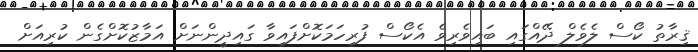
ޤިރާތު ކޯސް ލެވެލް ދޭއްގައި ބައިވެރިވެ އެކޯސް ފުރިހަމަކޮށްފައިވާ ގައިދީންނަށް އަމާޒުކޮށްގެން ކުރިއަށް